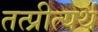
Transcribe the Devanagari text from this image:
तत्प्रीत्यर्थ